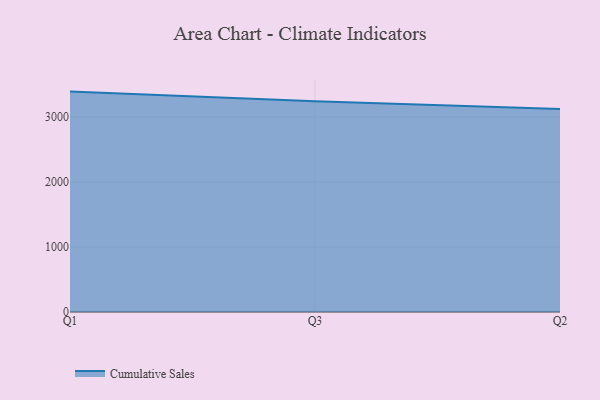
{"axis": {"x": "Quarter", "y": "Customer Acquisition Cost (USD)"}, "legend": ["Cumulative Sales"], "data": [{"x": "Q1", "y": 3392.3, "type": "Cumulative Sales"}, {"x": "Q3", "y": 3242.5, "type": "Cumulative Sales"}, {"x": "Q2", "y": 3125.2, "type": "Cumulative Sales"}]}